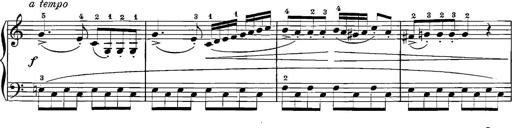
Title: 12 Sonatinas
Composer: Ignaz Pleyel